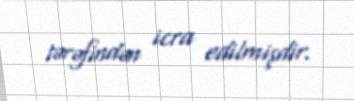
tərəfindən icra edilmişdir.